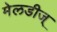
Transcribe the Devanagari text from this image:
मेलडीज्